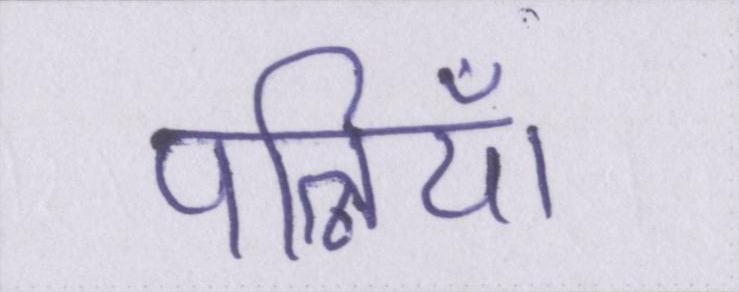
पत्नियाँ